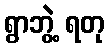
ရွာဘွဲ့ ရတု